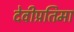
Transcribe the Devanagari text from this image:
देवीप्रतिमा